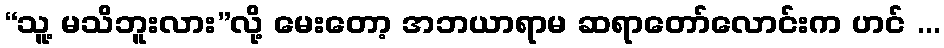
“သူ့ မသိဘူးလား”လို့ မေးတော့ အဘယာရာမ ဆရာတော်လောင်းက ဟင် ...